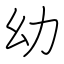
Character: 幼